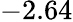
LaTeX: -2.64